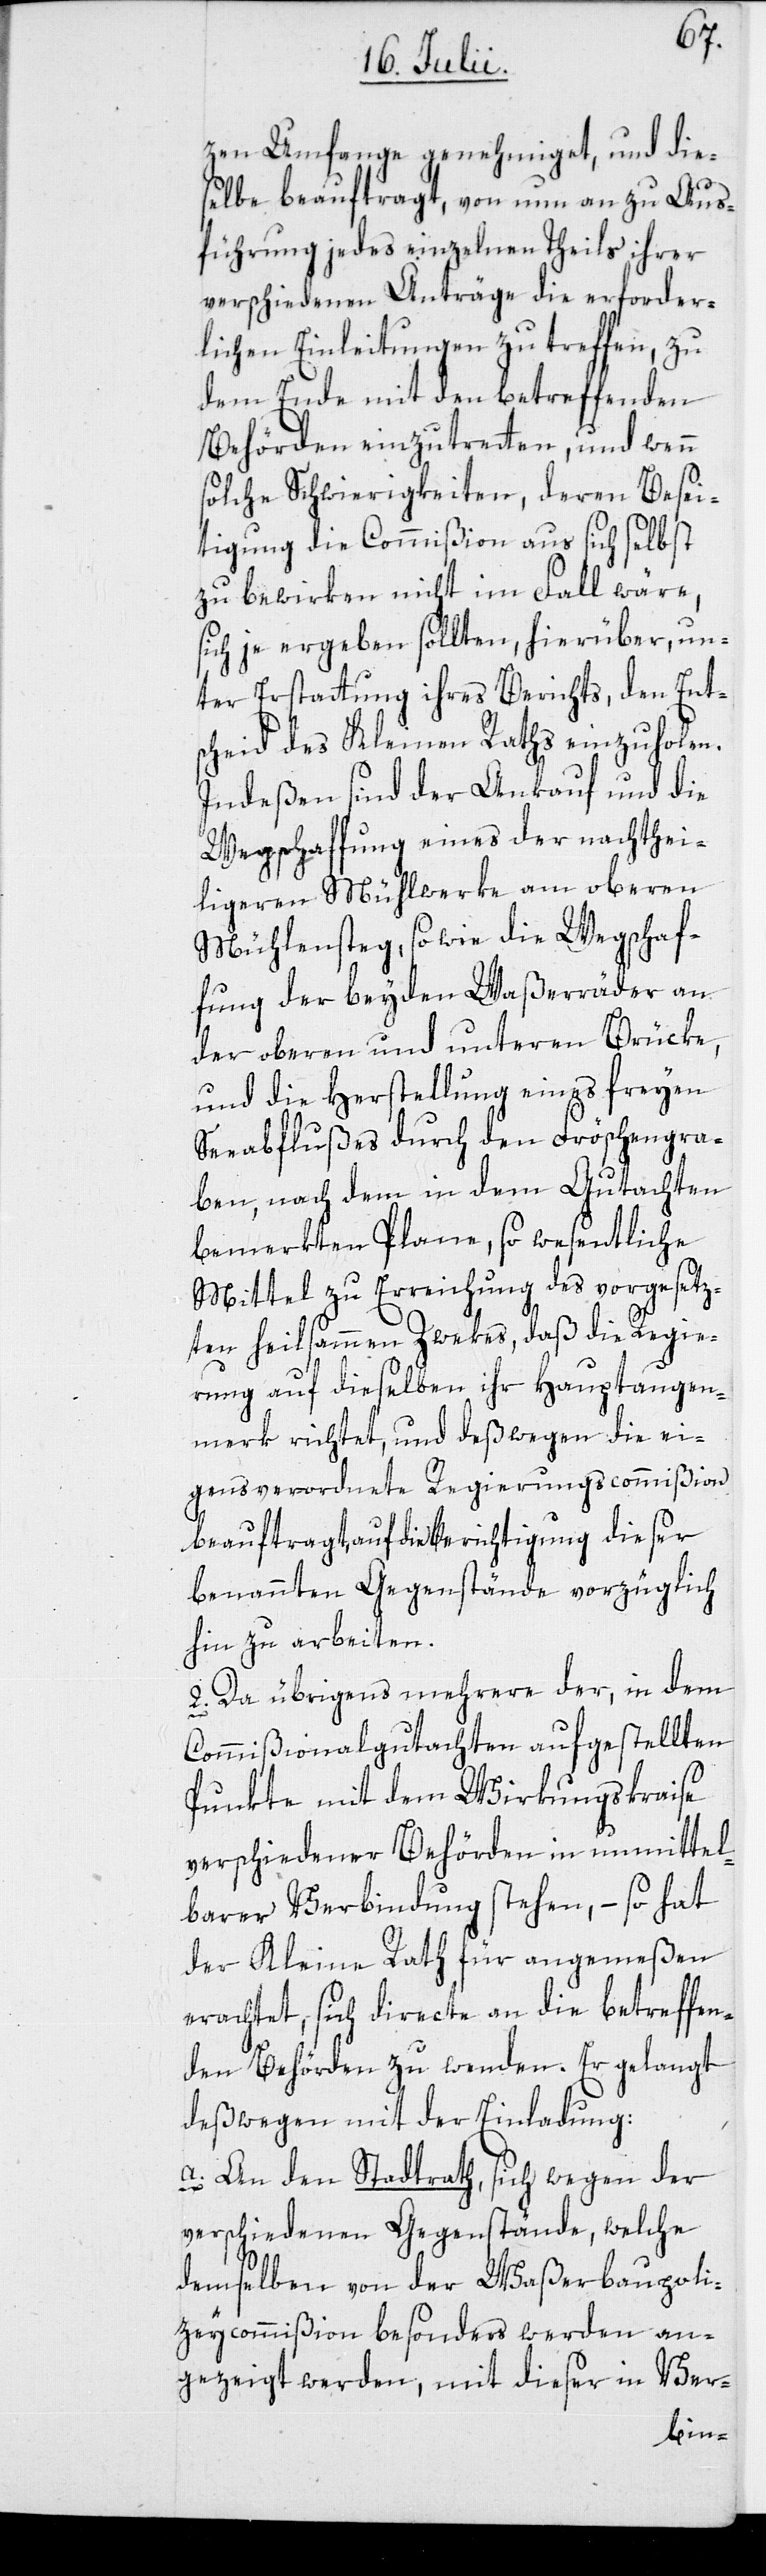
zen Umfange genehmiget, und die¬
selbe beauftragt, von nun an zu Aus¬
führung jedes einzelnen Theils ihrer
verschiedenen Anträge die erforder¬
lichen Einleitungen zu treffen, zu
dem Ende mit den betreffenden
Behörden einzutretten, und wenn
solche Schwierigkeiten, deren Besei¬
tigung die Commißion aus sich selbst
zu bewirken nicht im Fall wäre,
sich je ergeben sollten, hierüber, un¬
ter Erstattung ihres Berichts, den Ent¬
scheid des Kleinen Raths einzuholen.
Indeßen sind der Ankauf und die
Wegschaffung eines der nachthei¬
ligeren Mühlwerke am oberen
Mühlensteg, so wie die Wegschaf¬
fung der beyden Waßerräder an
der oberen und unteren Brücke,
und die Herstellung eines freyen
Seeabflußes durch den Fröschengra¬
ben, nach dem in dem Gutachten
bemerkten Plane, so wesentliche
Mittel zu Erreichung des vorgesetz¬
ten heilsammen Zwekes, daß die Regie¬
rung auf dieselben ihr Hauptaugen¬
merk richtet, und deßwegen die ei¬
gens verordnete Regierungscommißion
beauftragt, auf die Berichtigung dieser
benannten Gegenstände vorzüglich
hin zu arbeiten.
2. Da übrigens mehrere der, in dem
Commißionalgutachten aufgestellten
Punkte mit dem Wirkungskraise
verschiedener Behörden in unmittel¬
barer Verbindung stehen , – so hat
der Kleine Rath für angemeßen
erachtet, sich directe an die betreffen¬
den Behörden zu wenden. Er gelangt
deßwegen mit der Einladung:
a. An den Stadtrath, sich wegen der
verschiedenen Gegenstände, welche
demselben von der Waßerbaupoli¬
zeycommißion besonders werden an¬
gezeigt werden, mit dieser in Ver-